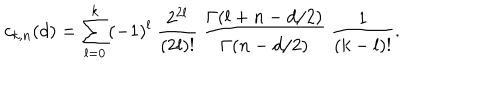
c _ { k , n } ( d ) = \sum _ { l = 0 } ^ { k } ( - 1 ) ^ { l } ~ { \frac { 2 ^ { 2 l } } { ( 2 l ) ! } } ~ { \frac { \Gamma ( l + n - d / 2 ) } { \Gamma ( n - d / 2 ) } } ~ { \frac { 1 } { ( k - l ) ! } } .